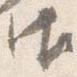
御